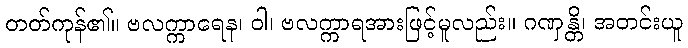
တတ်ကုန်၏။ ဗလက္ကာရေန၊ ဝါ၊ ဗလက္ကာရအားဖြင့်မူလည်း။ ဂဏှန္တိ၊ အတင်းယူ